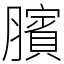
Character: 臏